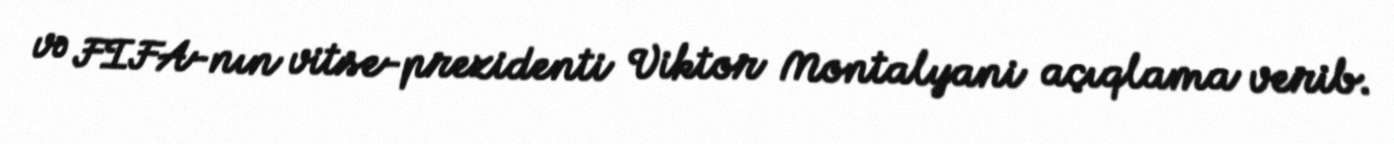
və FIFA-nın vitse-prezidenti Viktor Montalyani açıqlama verib.